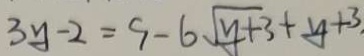
3 y - 2 = 9 - 6 \sqrt { y + 3 } + y + 3